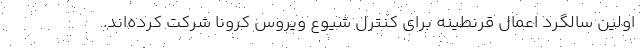
اولین سالگرد اعمال قرنطینه برای کنترل شیوع ویروس کرونا شرکت کرده‌اند.